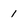
Character: 1